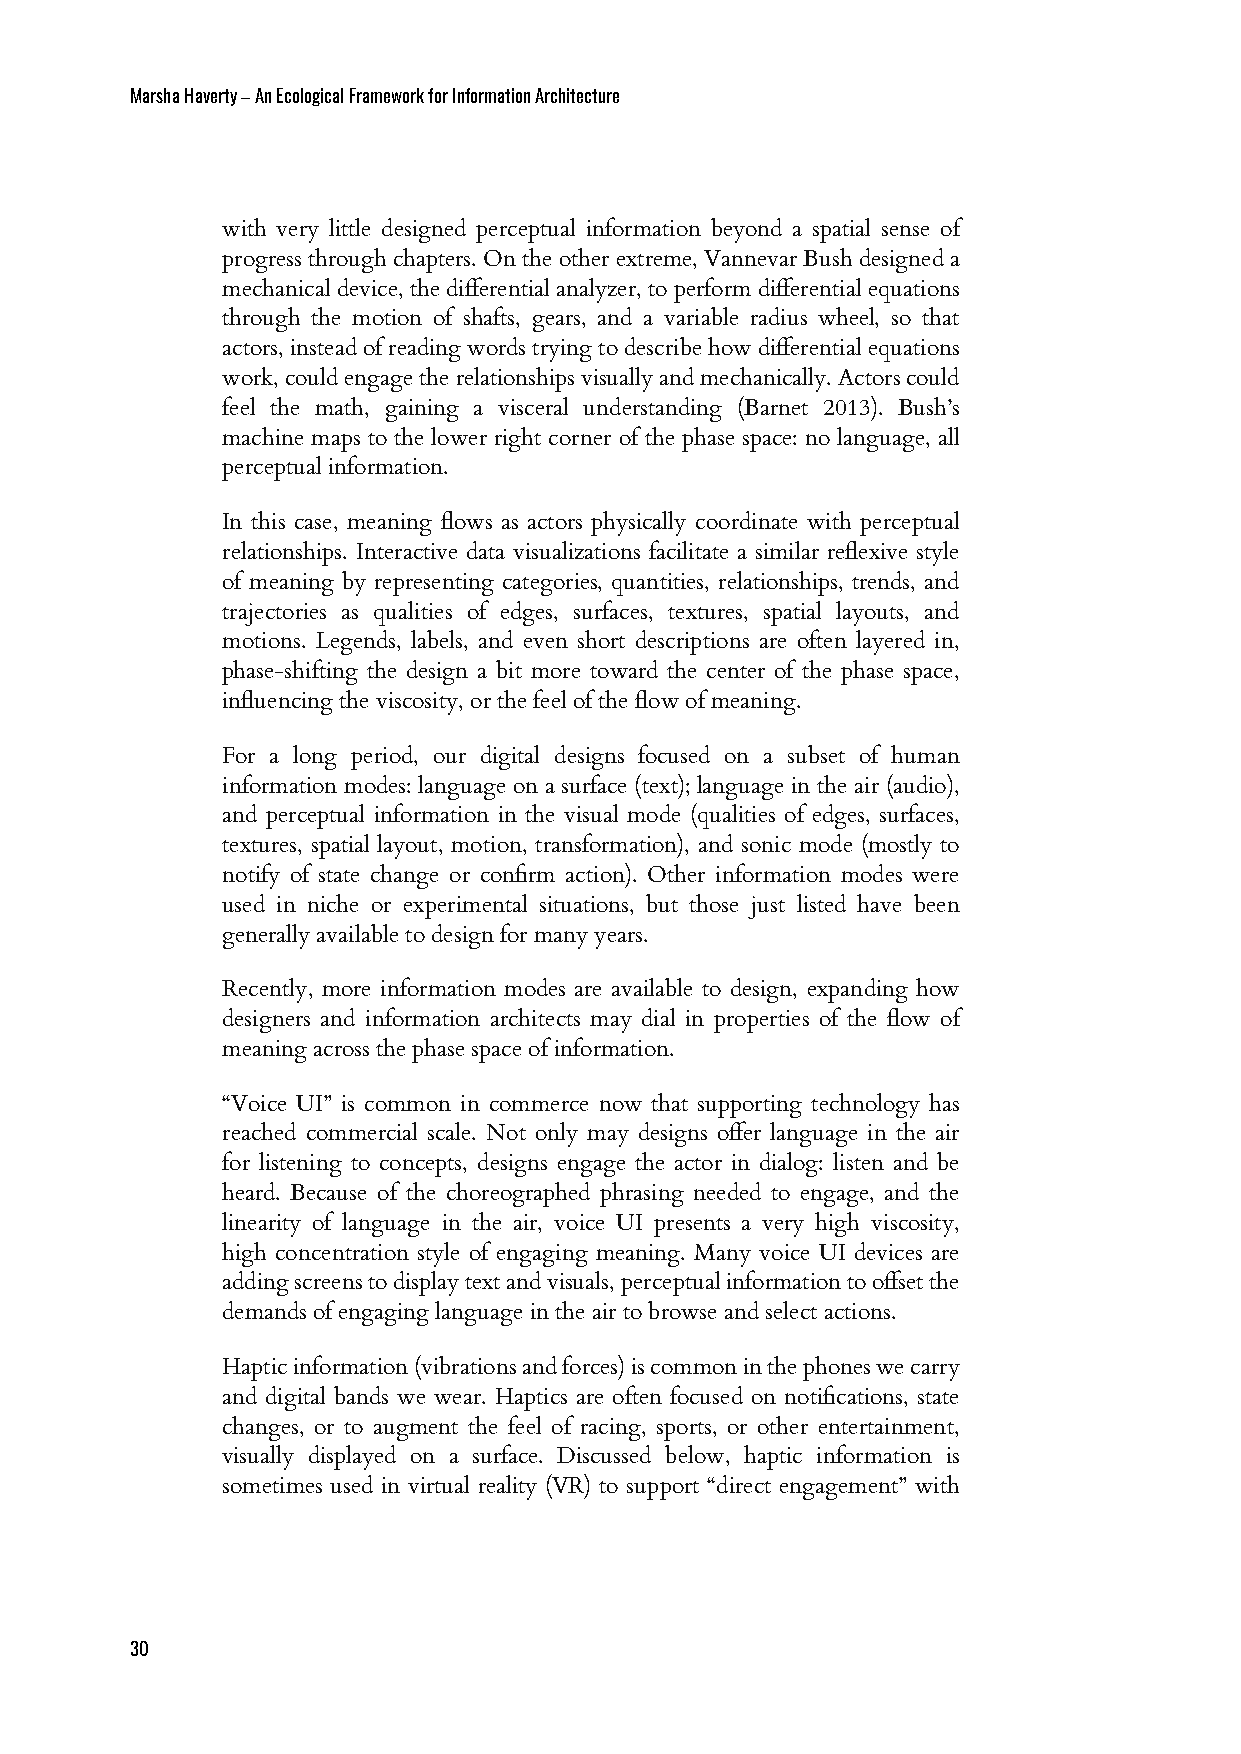
Marsha Haverty – An Ecological Framework for Information Architecture
 with very little designed perceptual information beyond a spatial sense of
 progressthroughchapters.Ontheotherextreme,VannevarBushdesigneda
 mechanicaldevice,thedifferentialanalyzer,toperformdifferentialequations
 through the motion of shafts, gears, and a variable radius wheel, so that
 actors,insteadofreadingwordstryingtodescribehowdifferentialequations
 work,couldengagetherelationshipsvisuallyandmechanically.Actorscould
 feel the math, gaining a visceral understanding (Barnet 2013). Bush’s
 machine maps to the lower right corner of the phase space: no language, all
 perceptual information.
 In this case, meaning flows as actors physically coordinate with perceptual
 relationships. Interactive data visualizations facilitate a similar reflexive style
 of meaning by representing categories, quantities, relationships, trends, and
 trajectories as qualities of edges, surfaces, textures, spatial layouts, and
 motions. Legends, labels, and even short descriptions are often layered in,
 phase-shifting the design a bit more toward the center of the phase space,
 influencing the viscosity, or the feel of the flow of meaning.
 For a long period, our digital designs focused on a subset of human
 information modes: language on a surface (text); language in the air (audio),
 and perceptual information in the visual mode (qualities of edges, surfaces,
 textures, spatial layout, motion, transformation), and sonic mode (mostly to
 notify of state change or confirm action). Other information modes were
 used in niche or experimental situations, but those just listed have been
 generally available to design for many years.
 Recently, more information modes are available to design, expanding how
 designers and information architects may dial in properties of the flow of
 meaning across the phase space of information.
 “Voice UI” is common in commerce now that supporting technology has
 reached commercial scale. Not only may designs offer language in the air
 for listening to concepts, designs engage the actor in dialog: listen and be
 heard. Because of the choreographed phrasing needed to engage, and the
 linearity of language in the air, voice UI presents a very high viscosity,
 high concentration style of engaging meaning. Many voice UI devices are
 addingscreenstodisplaytextandvisuals,perceptualinformationtooffsetthe
 demands of engaging language in the air to browse and select actions.
 Hapticinformation(vibrationsandforces)iscommoninthephoneswecarry
 and digital bands we wear. Haptics are often focused on notifications, state
 changes, or to augment the feel of racing, sports, or other entertainment,
 visually displayed on a surface. Discussed below, haptic information is
 sometimes used in virtual reality (VR) to support “direct engagement” with
 30